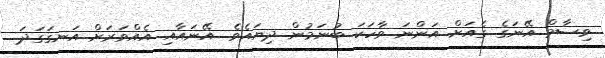
ވިސާމް އޭނަގެ ގެއަށް އަންނަ ވާހަކަ ބުނަމުން ދިޔައެވެ. އޭނައާއި އެއްވަރަށް އަނގަގަދަ